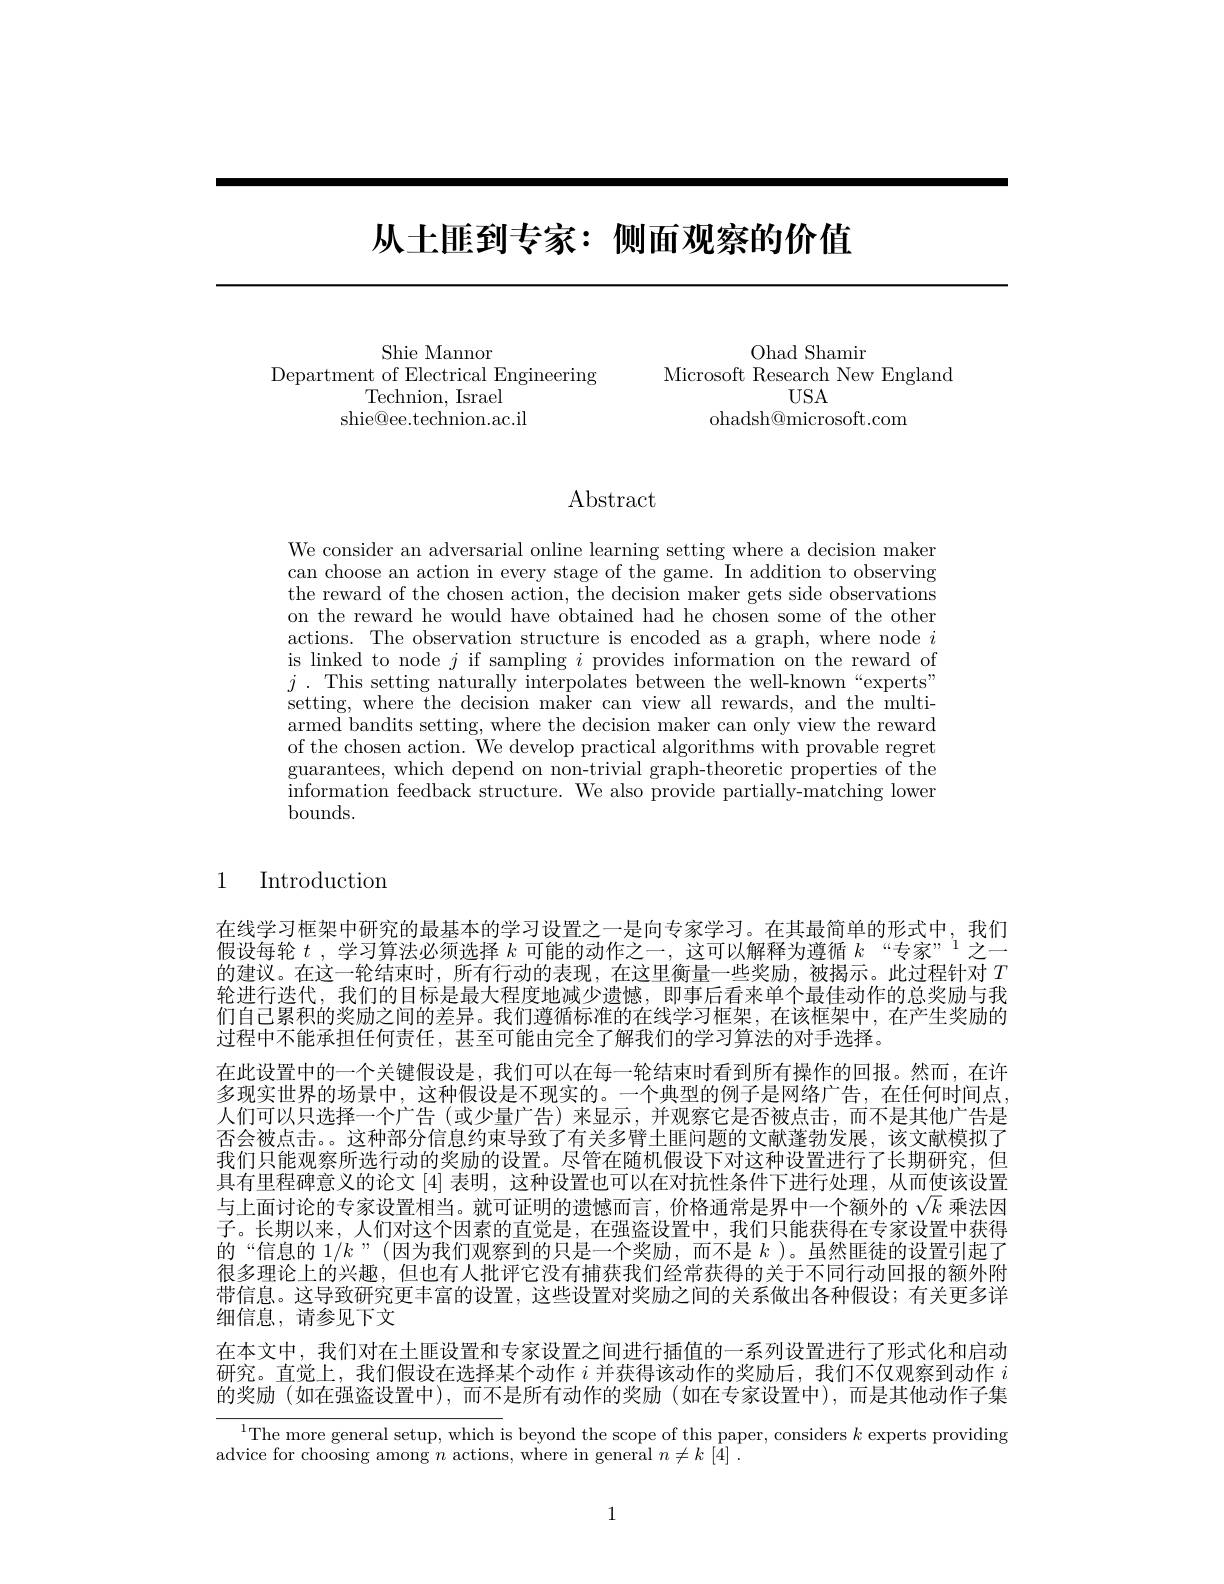
# 从土匪到专家：侧面观察的价值

Ohad Shamir
Microsoft Research New England
USA
ohadsh@microsoft.com

Shie Mannor
Department of Electrical Engineering
Technion, Israel
shie@ee.technion.ac.il

$\operatorname{Abstract}$

We consider an adversarial online learning setting where a decision maker can choose an action in every stage of the game. In addition to observing the reward of the chosen action, the decision maker gets side observations on the reward he would have obtained had he chosen some of the other actions. The observation structure is encoded as a graph, where node $i$ is linked to node $j$ if sampling $i$ provides information on the reward of $j$ .This setting naturally interpolates between the well-known“experts” setting, where the decision maker can view all rewards, and the multiarmed bandits setting, where the decision maker can only view the reward of the chosen action. We develop practical algorithms with provable regret guarantees, which depend on non-trivial graph-theoretic properties of the information feedback structure. We also provide partially-matching lower bounds.

1

$\operatorname{Introduction}$

在线学习框架中研究的最基本的学习设置之一是向专家学习。在其最简单的形式中，我们假设每轮$t$ ,学习算法必须选择$k$可能的动作之一，这可以解释为遵循$k^\text{“专家”}1$之一的建议。在这一轮结束时，所有行动的表现，在这里衡量一些奖励，被揭示。此过程针对$T$ 轮进行迭代，我们的目标是最大程度地减少遗憾，即事后看来单个最佳动作的总奖励与我们自己累积的奖励之间的差异。我们遵循标准的在线学习框架，在该框架中，在产生奖励的过程中个能承担任何责任，甚全可能由完全了解我们的学习算法的对于选择。
在此设置中的一个关键假设是，我们可以在每一轮结束时看到所有操作的回报。然而，在许多现实世界的场景中，这种假设是不现实的。一个典型的例子是网络广告，在任何时间点， 人们可以只选择一个广告 (或少量广告)来显示，并观察它是否被点击，而不是其他广告是否会被点击。。这种部分信息约束导致了有关多臂土匪问题的文献蓬勃发展，该文献模拟了我们只能观察所选行动的奖励的设置。尽管在随机假设下对这种设置进行了长期研究，但具有里程碑意义的论文 [4] 表明，这种设置也可以在对抗性条件下进行处理，从而使该设置与上面讨论的专家设置相当。就可证明的遗憾而言，价格通常是界中一个额外的$\sqrt{k}$乘法因子。长期以来，人们对这个因素的直觉是，在强盗设置中，我们只能获得在专家设置中获得的“信息的$1/k$”(因为我们观察到的只是一个奖励，而不是$k$ )。虽然匪徒的设置引起了很多理论上的兴趣，但也有人批评它没有捕获我们经常获得的关于不同行动回报的额外附带信息。这导致研究更丰富的设置，这些设置对奖励之间的关系做出各种假设；有关更多详细信息，请参见下文
在本文中，我们对在土匪设置和专家设置之间进行插值的一系列设置进行了形式化和启动研究。直觉上，我们假设在选择某个动作$i$并获得该动作的奖励后，我们不仅观察到动作$i$ 的奖励(如在强盗设置中),而不是所有动作的奖励(如在专家设置中),而是其他动作子集
$^{1}$The more general setup, which is beyond the scope of this paper, considers $k$ experts providing

advice for choosing among $n$ actions, where in general $n\neq k$ [4] .

1